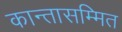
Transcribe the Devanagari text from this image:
कान्तासम्मित